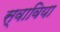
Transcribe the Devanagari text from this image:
स्वाविया